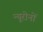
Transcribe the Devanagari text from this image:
न्यूरोनों